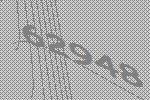
62948